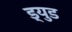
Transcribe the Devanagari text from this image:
ड्युड